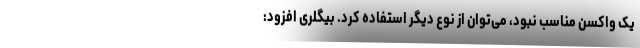
یک واکسن مناسب نبود، می‌توان از نوع دیگر استفاده کرد. بیگلری افزود: